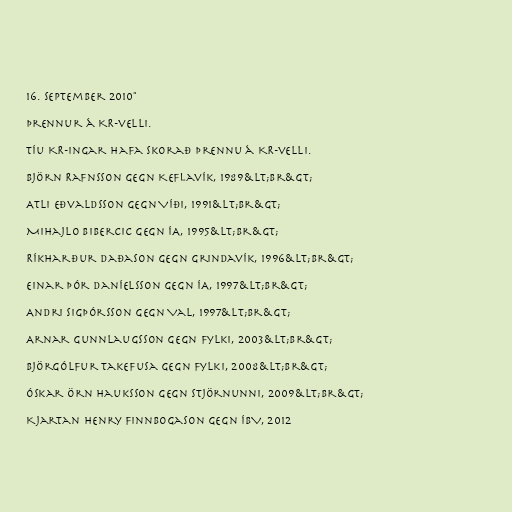
16. september 2010"

Þrennur á KR-velli.

Tíu KR-ingar hafa skorað þrennu á KR-velli.

Björn Rafnsson gegn Keflavík, 1989&lt;br&gt;

Atli Eðvaldsson gegn Víði, 1991&lt;br&gt;

Mihajlo Bibercic gegn ÍA, 1995&lt;br&gt;

Ríkharður Daðason gegn Grindavík, 1996&lt;br&gt;

Einar Þór Daníelsson gegn ÍA, 1997&lt;br&gt;

Andri Sigþórsson gegn Val, 1997&lt;br&gt;

Arnar Gunnlaugsson gegn Fylki, 2003&lt;br&gt;

Björgólfur Takefusa gegn Fylki, 2008&lt;br&gt;

Óskar Örn Hauksson gegn Stjörnunni, 2009&lt;br&gt;

Kjartan Henry Finnbogason gegn ÍBV, 2012